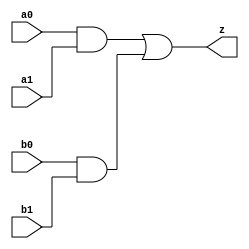
//#############################################################################
//# Function: And-Or (ao22) Gate                                              #
//# Copyright: Lambda Project Authors. All rights Reserved.                   #
//# License:  MIT (see LICENSE file in Lambda repository)                     #
//#############################################################################

module la_ao22 #(
    parameter PROP = "DEFAULT"
) (
    input  a0,
    input  a1,
    input  b0,
    input  b1,
    output z
);

    assign z = (a0 & a1) | (b0 & b1);

endmodule